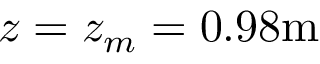
z = \ensuremath { z _ { m } } = 0 . 9 8 \mathrm { m }